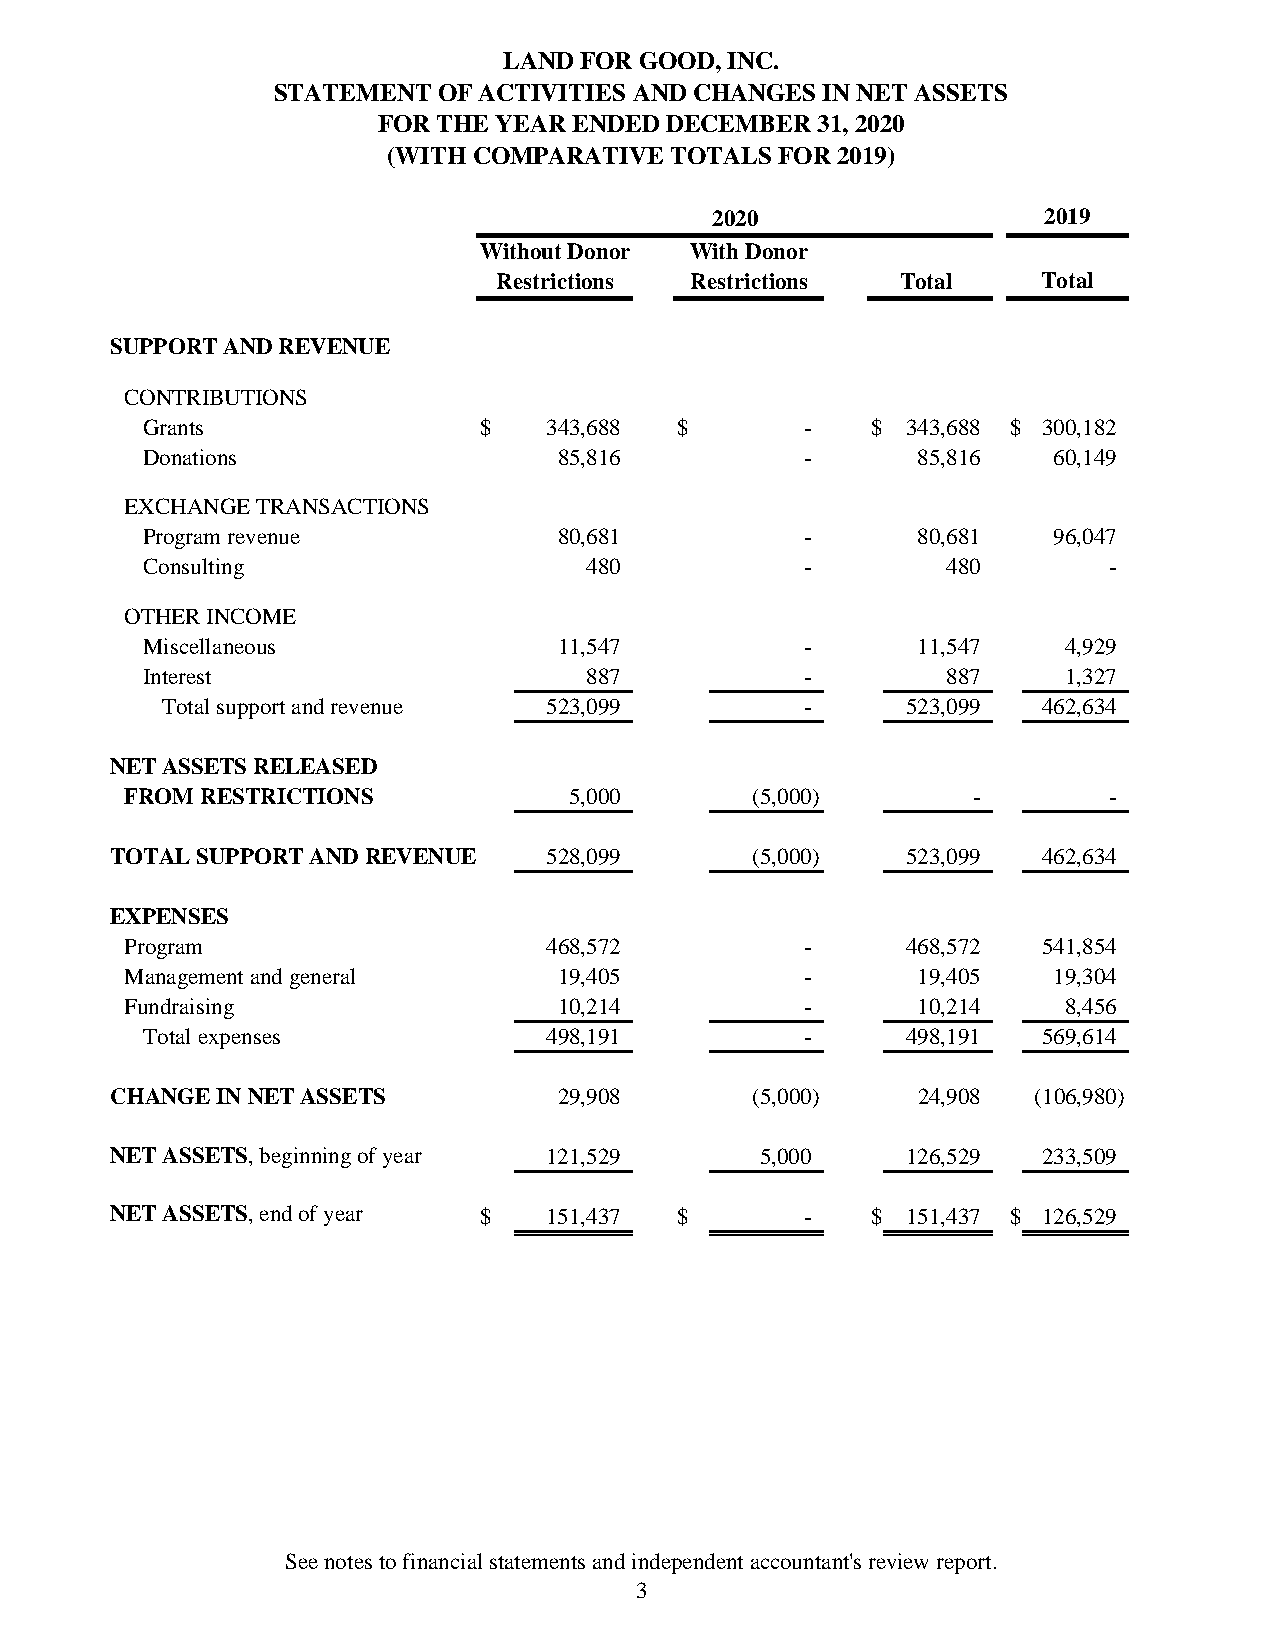
LAND FOR GOOD, INC.
 STATEMENT  OF ACTIVITIES AND CHANGES IN NET ASSETS
 FOR THE YEAR ENDED DECEMBER  31, 2020
 (WITH COMPARATIVE TOTALS  FOR 2019)
 2020                  2019
 Without Donor With Donor
 Restrictions Restrictions  Total    Total
 SUPPORT AND REVENUE
 CONTRIBUTIONS
 Grants                 $   343,688  $       -    $ 3 43,688 $ 300,182
 Donations                   85,816          -       8 5,816  60,149
 EXCHANGE TRANSACTIONS
 Program revenue             80,681          -       8 0,681  96,047
 Consulting                    480           -         4 80      -
 OTHER INCOME
 Miscellaneous               11,547          -       1 1,547  4,929
 Interest                      887           -         8 87    1,327
 Total support and revenue 523,099         -      5 23,099 462,634
 NET ASSETS RELEASED
 FROM RESTRICTIONS             5,000       (5,000)       -        -
 TOTAL SUPPORT AND REVENUE    528,099       (5,000)   5 23,099 462,634
 EXPENSES
 Program                     468,572          -      4 68,572 541,854
 Management and general       19,405          -       1 9,405  19,304
 Fundraising                  10,214          -       1 0,214   8,456
 Total expenses             498,191          -      4 98,191 569,614
 CHANGE IN NET ASSETS          29,908       (5,000)    2 4,908 (106,980)
 NET ASSETS, beginning of year 121,529      5,000     1 26,529 233,509
 NET ASSETS, end of year  $   151,437  $       -    $ 1 51,437 $ 126,529
 See notes to financial statements and independent accountant's review report.
 3